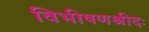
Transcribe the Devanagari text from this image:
विभीषणश्रीदः